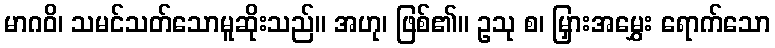
မာဂဝိ၊ သမင်သတ်သောမူဆိုးသည်။ အဟု၊ ဖြစ်၏။ ဥသု စ၊ မြှားအမွှေး ရောက်သော